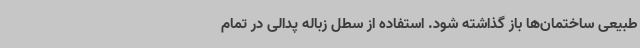
طبیعی ساختمان‌ها باز گذاشته شود. استفاده از سطل زباله پدالی در تمام